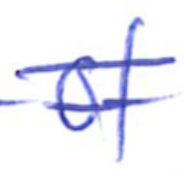
Text: of
Cross-out: double-line
Writing tool: ballpoint